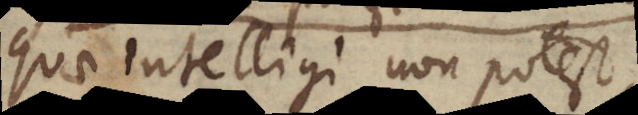
quae intelligi non potest,